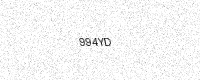
Text: 994YD